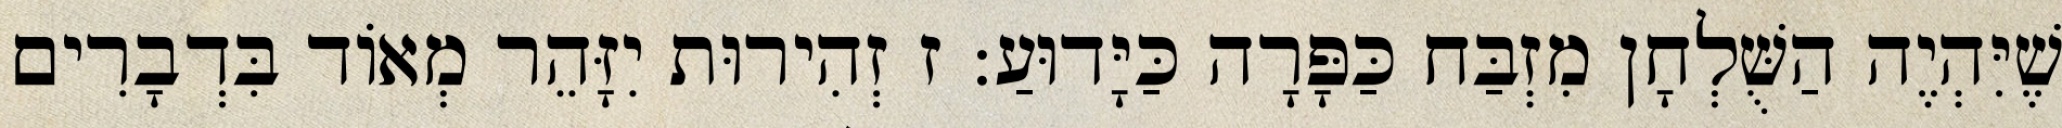
שֶׁיִּהְיֶה הַשֻּׁלְחָן מִזְבַּח כַּפָּרָה כַּיָּדוּעַ: ז זְהִירוּת יִזָּהֵר מְאוֹד בִּדְבָרִים